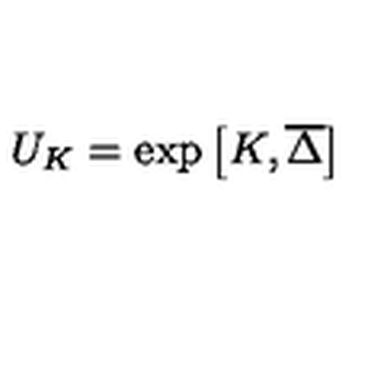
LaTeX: U _ { K } = \exp \left[ K , \overline { { \Delta } } \right]